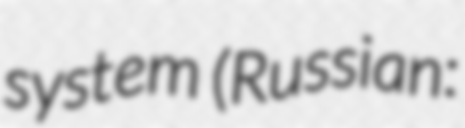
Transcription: system (Russian: